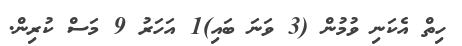
ހިތް އެކަނި ވުމުން (3 ވަނަ ބައި)1 އަހަރު 9 މަސް ކުރިން.